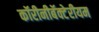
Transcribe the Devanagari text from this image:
कॉरीनीबॅक्टेरीयम